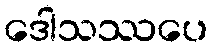
ဒေါသဿပေ